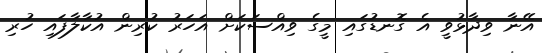
އޭނާ ވިދާޅުވީ އެ ގޮނޑުގައި މީގެ ވިއްސަކަށް އަހަރު ކުރިން އުކާލާފައި ހުރި